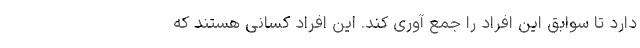
دارد تا سوابق این افراد را جمع‌ آوری کند. این افراد کسانی هستند که